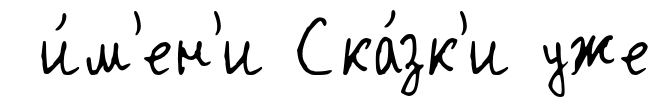
и́м'ен'и Ска́зк'и уже